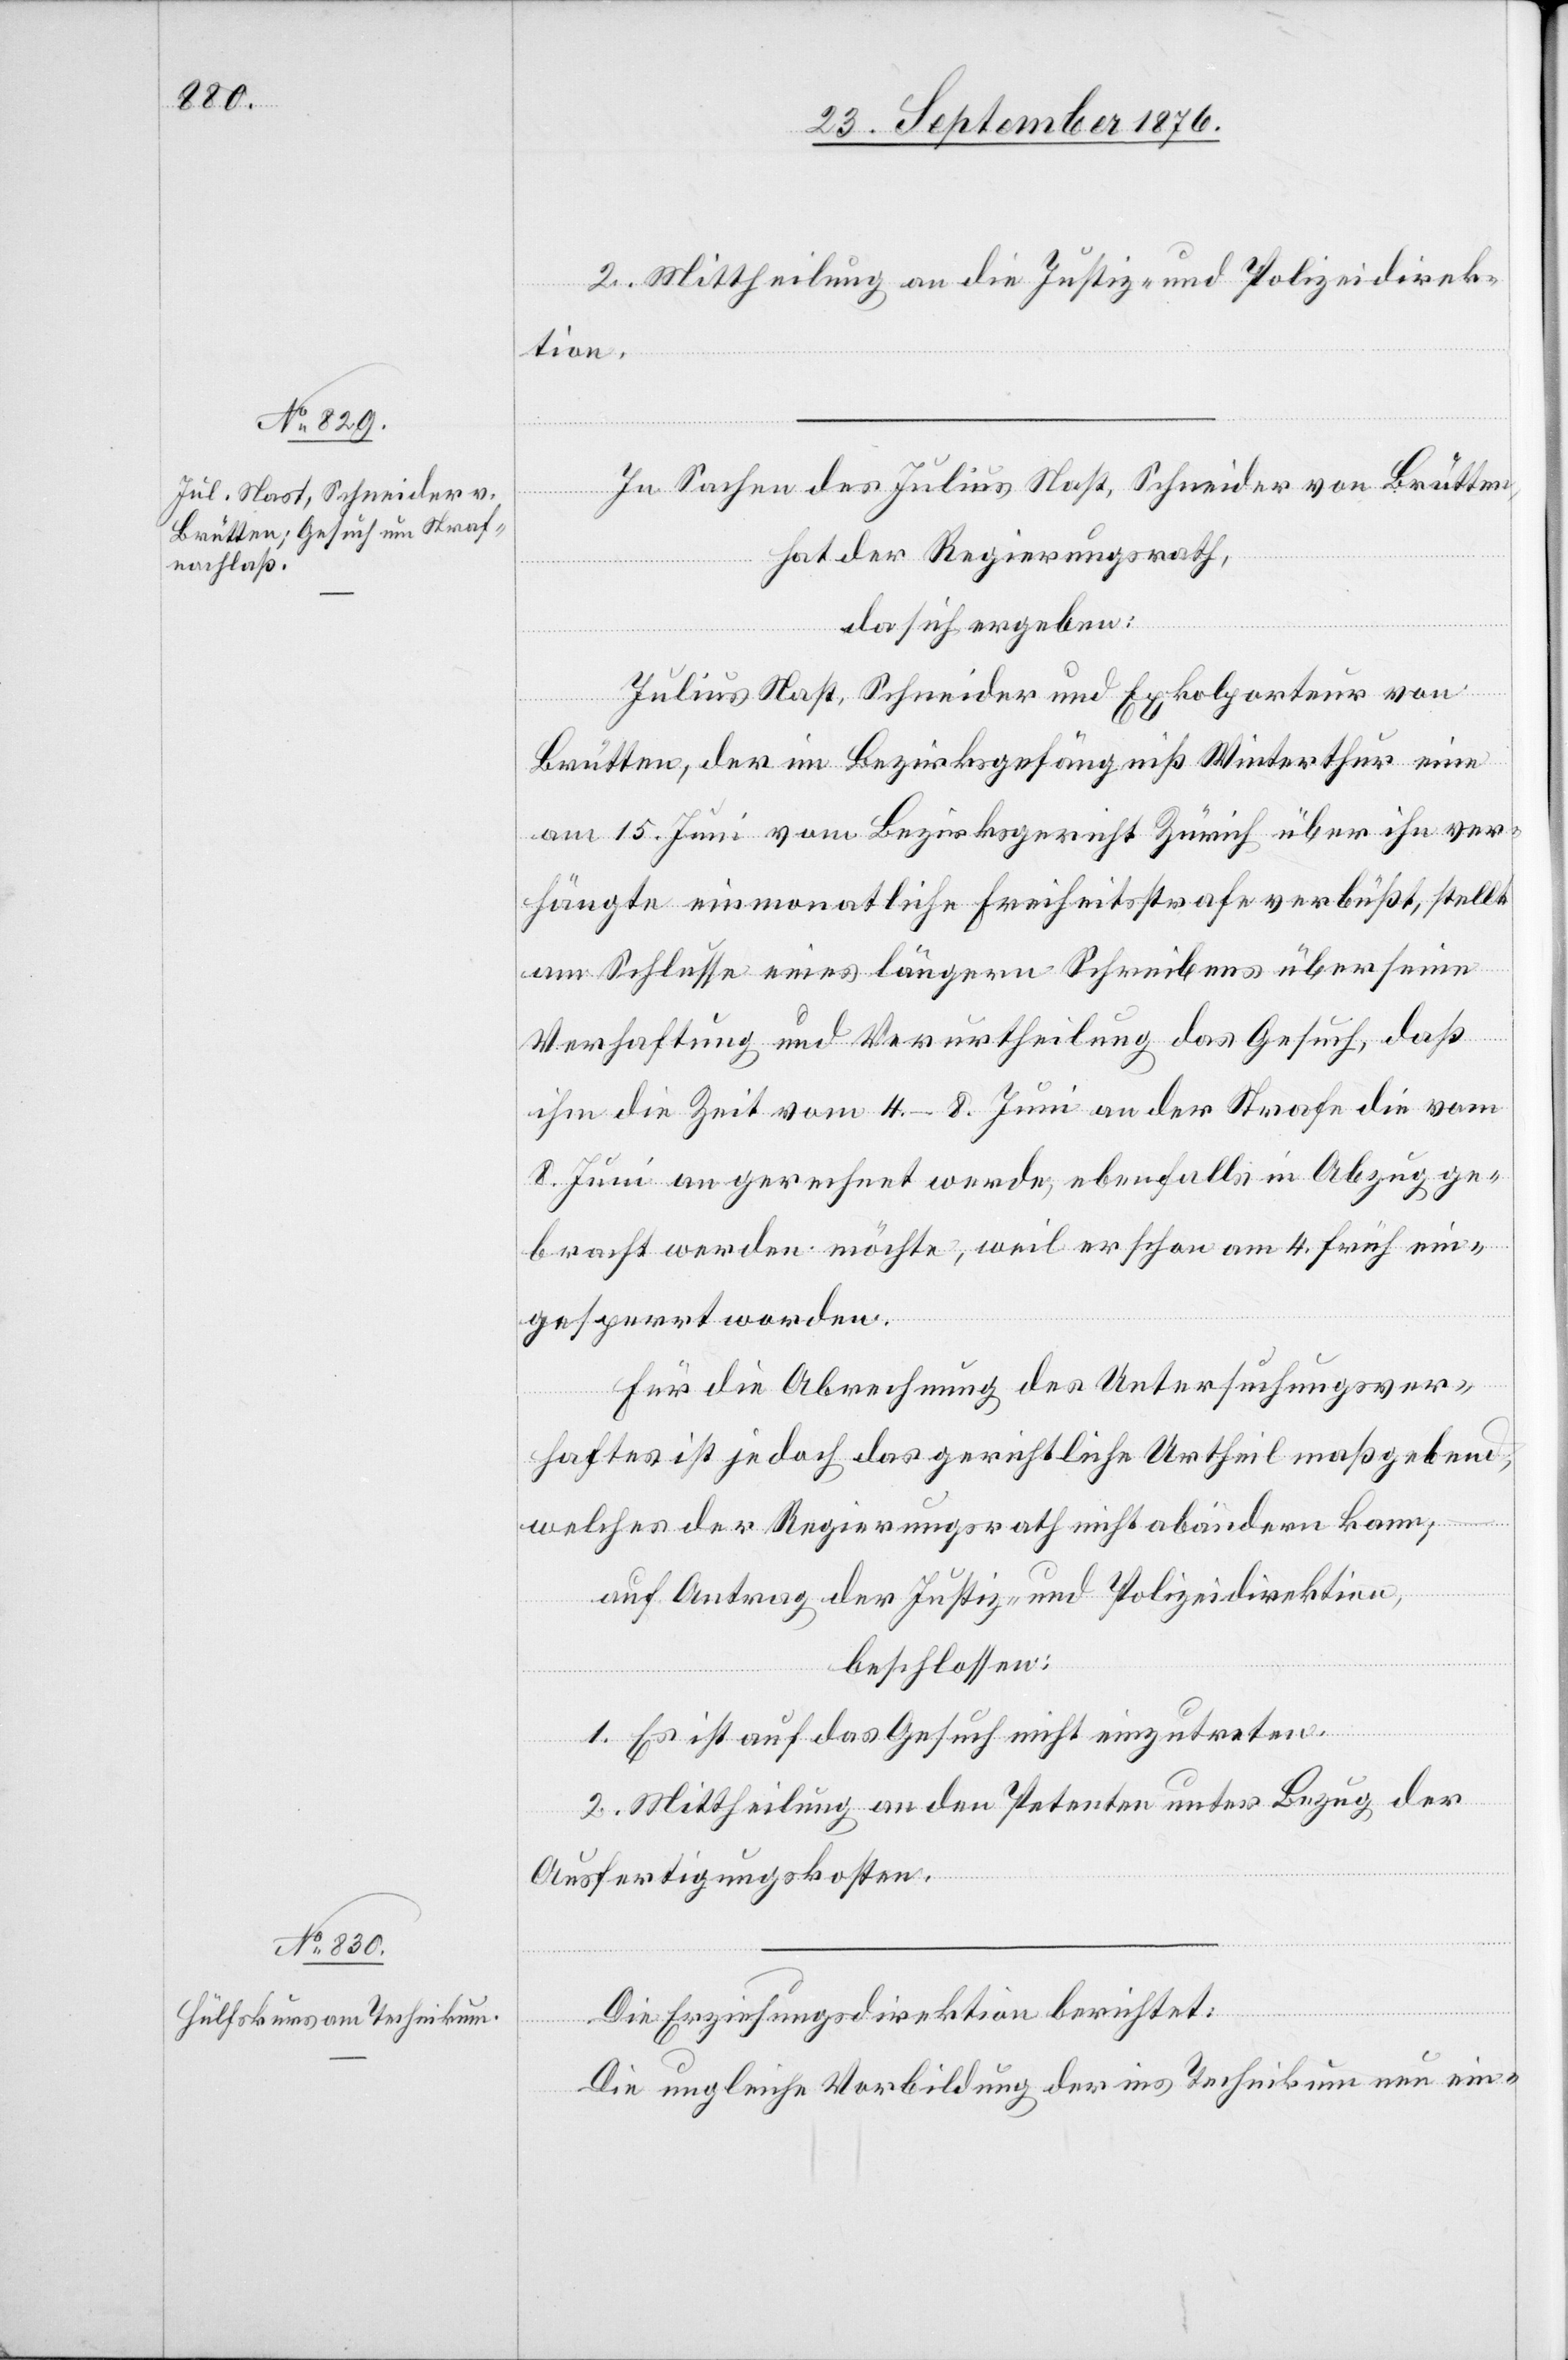
2. Mittheilung an die Justiz- und Polizeidirek¬
tion.
In Sachen des Julius Nast, Schneider von Brütten,
hat der Regierungsrath,
da sich ergeben:
Julius Nast, Schneider und Exkolporteur von
Brütten, der im Bezirksgefängniß Winterthur eine
am 15. Juni vom Bezirksgericht Zürich über ihn ver¬
hängte einmonatliche Freiheitsstrafe verbüßt, stellt
am Schlusse eines längern Schreibens über seine
Verhaftung und Verurtheilung das Gesuch, daß
ihm die Zeit vom 4.–8. Juni an der Strafe die vom
8. Juni an gerechnet werde, ebenfalls in Abzug ge¬
bracht werden möchte, weil er schon am 4. früh ein¬
gesperrt worden.
Für die Abrechnung des Untersuchungsver¬
haftes ist jedoch das gerichtliche Urtheil maßgebend,
welches der Regierungsrath nicht abändern kann;
auf Antrag der Justiz- und Polizeidirektion,
beschlossen:
1. Es ist auf das Gesuch nicht einzutreten.
2. Mittheilung an den Petenten unter Bezug der
Ausfertigungskosten.
Die Erziehungsdirektion berichtet:
Die ungleiche Vorbildung der ins Technikum neu ein-